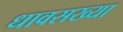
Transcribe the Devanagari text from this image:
धावसख्या